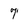
Character: 7